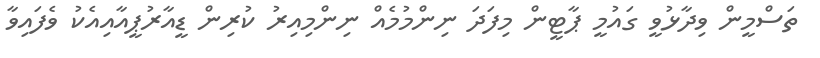
ތަސްމީން ވިދާޅުވީ ގައުމީ ޕާޓީން މިފަދަ ނިންމުމެއް ނިންމިއިރު ކުރިން ޑީއާރުޕީއާއިއެކު ވެފައިވާ